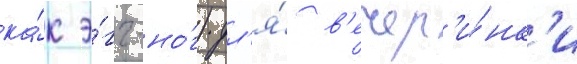
ка́к э́гг-но́г) дл'я́ в'ечер'и́нк'и